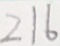
2 1 6